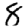
Digit: 8